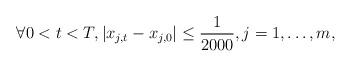
LaTeX: \begin{align*}\forall 0<t<T, |x_{j,t}-x_{j,0}|\leq \frac{1}{2000}, j=1,\dots, m,\end{align*}